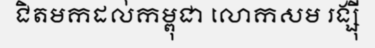
ជិតមកដល់កម្ពុជា លោកសម រង្ស៊ី